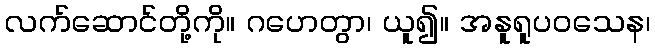
လက်ဆောင်တို့ကို။ ဂဟေတွာ၊ ယူ၍။ အနူရူပဝသေန၊